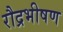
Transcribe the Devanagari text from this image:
रौद्रभीषण